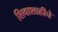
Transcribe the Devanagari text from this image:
शिवाशाहीचे